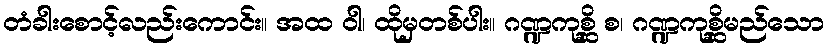
တံခါးစောင့်လည်းကောင်း။ အထ ဝါ၊ ထိုမှတစ်ပါး။ ဂဏ္ဍကုစ္ဆိ စ၊ ဂဏ္ဍကုစ္ဆိမည်သော